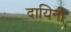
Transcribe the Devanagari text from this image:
दायिनीं